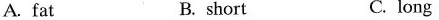
A. fat B. short C. long